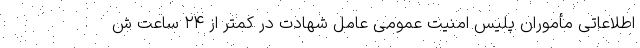
اطلاعاتی مأموران پلیس امنیت عمومی عامل شهادت در کمتر از ۲۴ ساعت ش